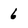
Character: 6